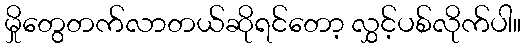
မှိုတွေတက်လာတယ်ဆိုရင်တော့ လွှင့်ပစ်လိုက်ပါ။